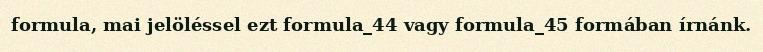
formula, mai jelöléssel ezt formula_44 vagy formula_45 formában írnánk.